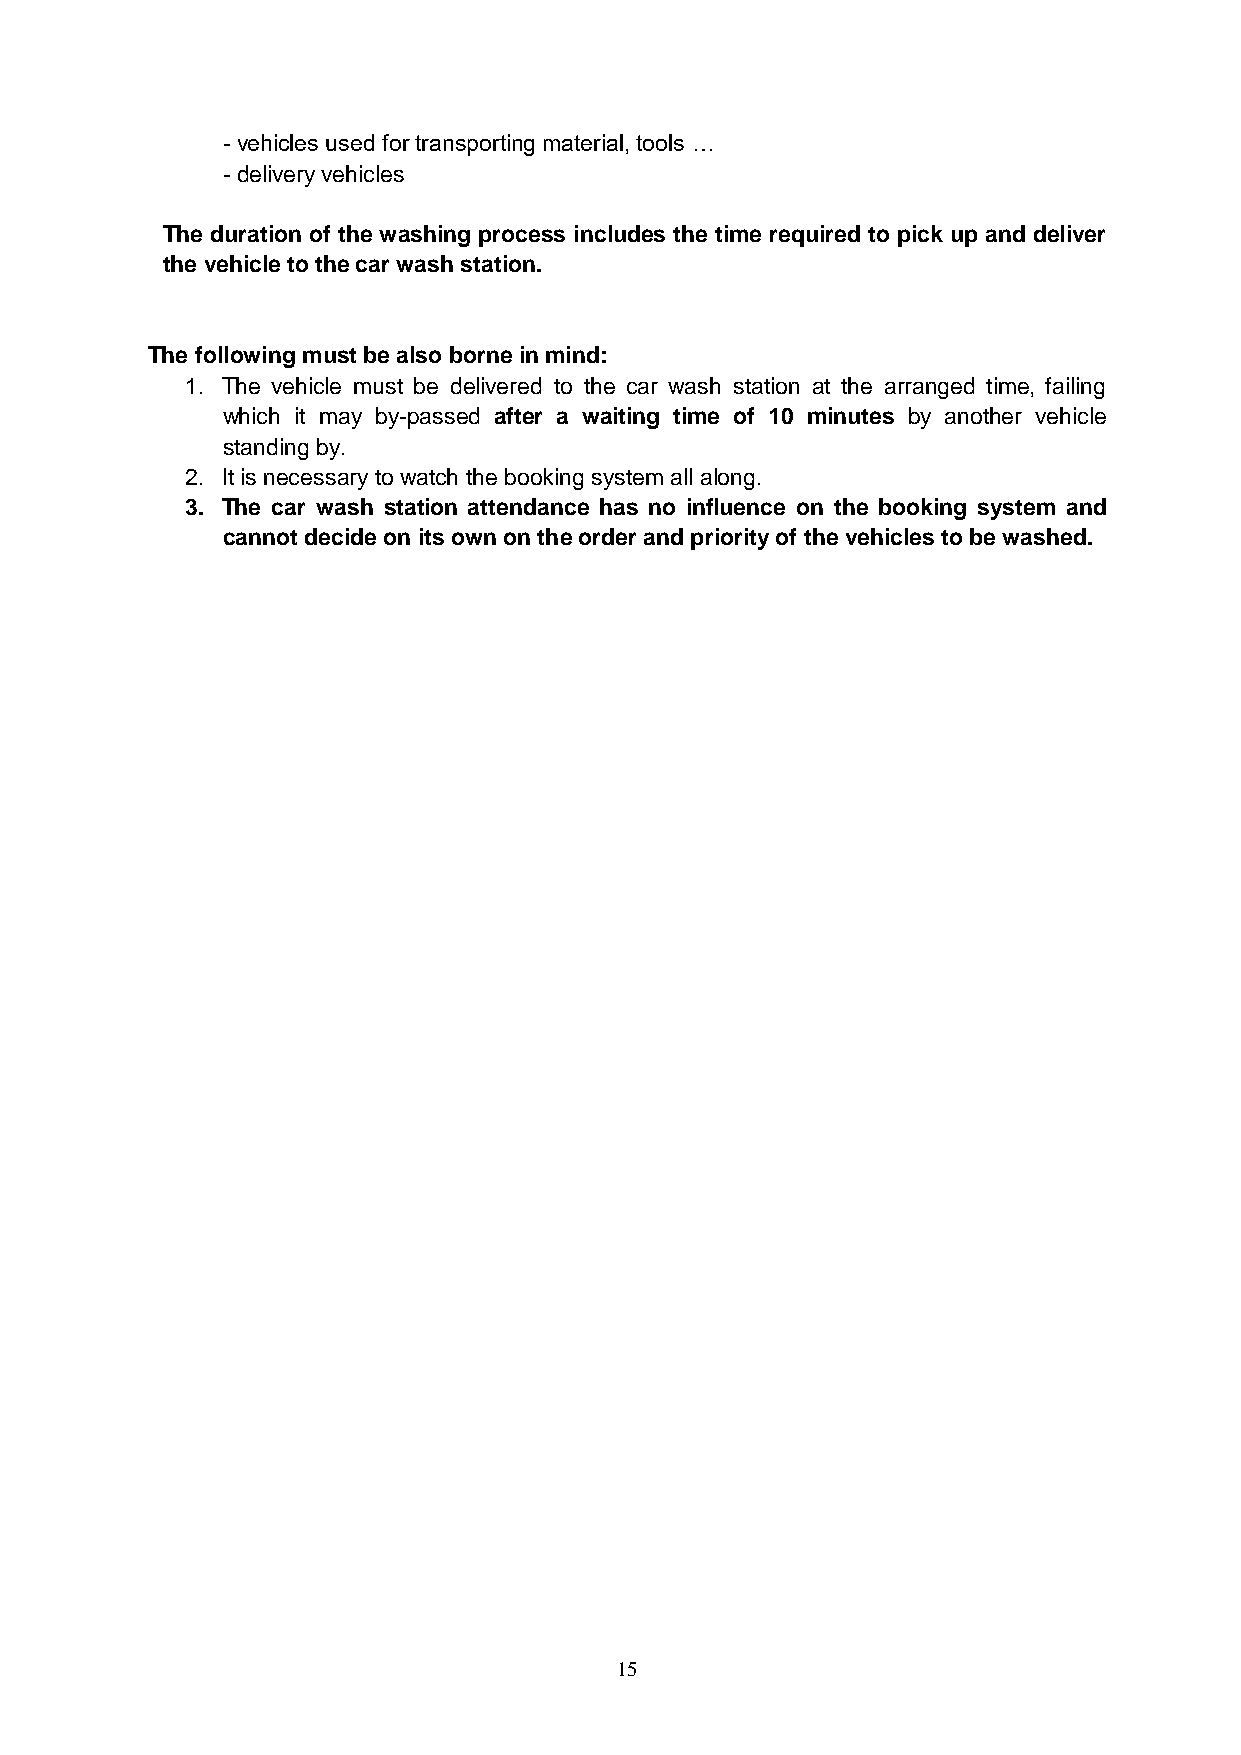
- vehicles used for transporting material, tools …
 - delivery vehicles
 The duration of the washing process includes the time required to pick up and deliver
 the vehicle to the car wash station.
 The following must be also borne in mind:
 1. The vehicle must be delivered to the car wash station at the arranged time, failing
 which it may by-passed after a waiting time of 10 minutes by another vehicle
 standing by.
 2. It is necessary to watch the booking system all along.
 3. The car wash station attendance has no influence on the booking system and
 cannot decide on its own on the order and priority of the vehicles to be washed.
 15